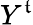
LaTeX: Y^{\mathfrak{t}}